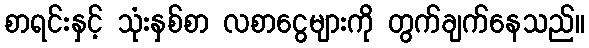
စာရင်းနှင့် သုံးနှစ်စာ လစာငွေများကို တွက်ချက်နေသည်။